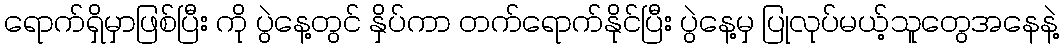
ရောက်ရှိမှာဖြစ်ပြီး ကို ပွဲနေ့တွင် နှိပ်ကာ တက်ရောက်နိုင်ပြီး ပွဲနေ့မှ ပြုလုပ်မယ့်သူတွေအနေနဲ့